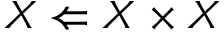
X \Leftarrow X \times X